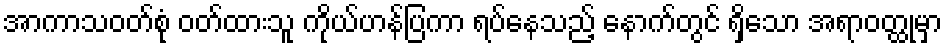
အာကာသဝတ်စုံ ဝတ်ထားသူ ကိုယ်ဟန်ပြကာ ရပ်နေသည့် နောက်တွင် ရှိသော အရာဝတ္ထုမှာ